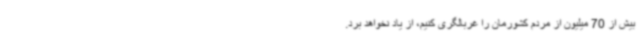
بیش از 70 میلیون از مردم کشورمان را غربالگری کنیم، از یاد نخواهد برد.